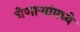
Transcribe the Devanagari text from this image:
घेणार्‍यांमध्ये